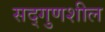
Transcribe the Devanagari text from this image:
सद्गुणशील